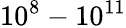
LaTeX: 10^{8}-10^{11}